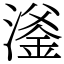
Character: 㵚